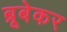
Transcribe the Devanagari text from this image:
ब्रूबेकर